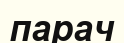
парач